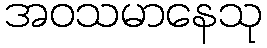
အဝသမာနေသု